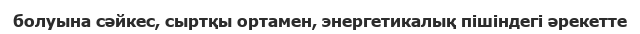
болуына сәйкес, сыртқы ортамен, энергетикалық пішіндегі әрекетте